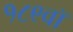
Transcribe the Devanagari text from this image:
१८९वॉ